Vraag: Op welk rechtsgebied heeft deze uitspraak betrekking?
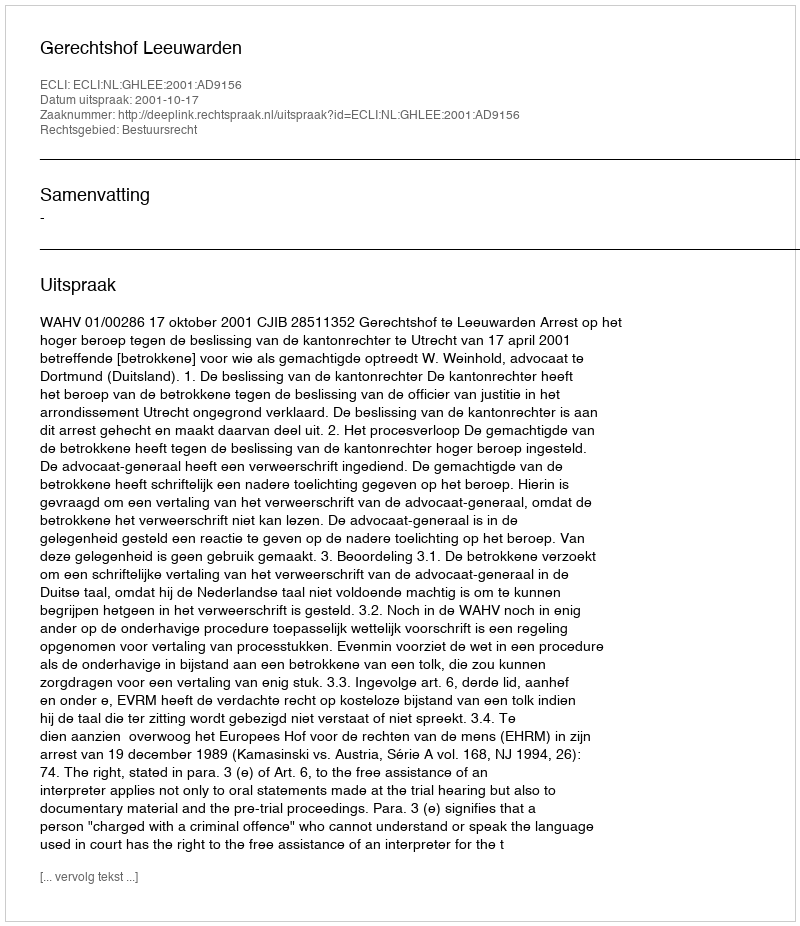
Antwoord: Bestuursrecht